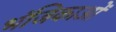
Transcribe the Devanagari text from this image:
भंजिकाओं